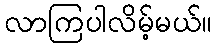
လာကြပါလိမ့်မယ်။